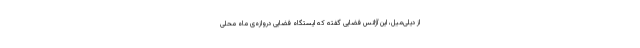
از دیلی‌میل، این آژانس فضایی گفته که ایستگاه فضایی دروازه‌ی ماه محلی